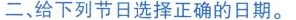
二、给下列节日选择正确的日期.